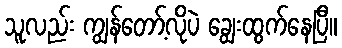
သူလည်း ကျွန်တော့်လိုပဲ ချွေးထွက်နေပြီ။